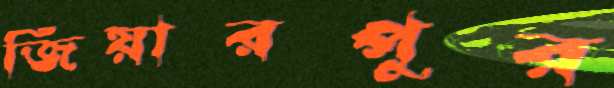
জিয়ারপুর